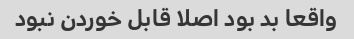
واقعا بد بود اصلا قابل خوردن نبود